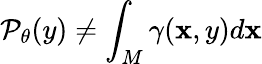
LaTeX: \mathcal{P}_{\theta}(y)\neq\int_{M}\gamma(\mathbf{x},y)d\mathbf{x}